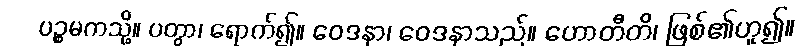
ပဉ္စမကသို့။ ပတွာ၊ ရောက်၍။ ဝေဒနာ၊ ဝေဒနာသည်။ ဟောတီတိ၊ ဖြစ်၏ဟူ၍။